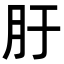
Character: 䏏